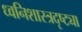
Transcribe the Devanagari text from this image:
ध्वनिशास्त्रदृष्ट्या